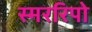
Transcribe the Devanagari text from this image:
स्मररिपो